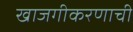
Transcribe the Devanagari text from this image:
खाजगीकरणाची